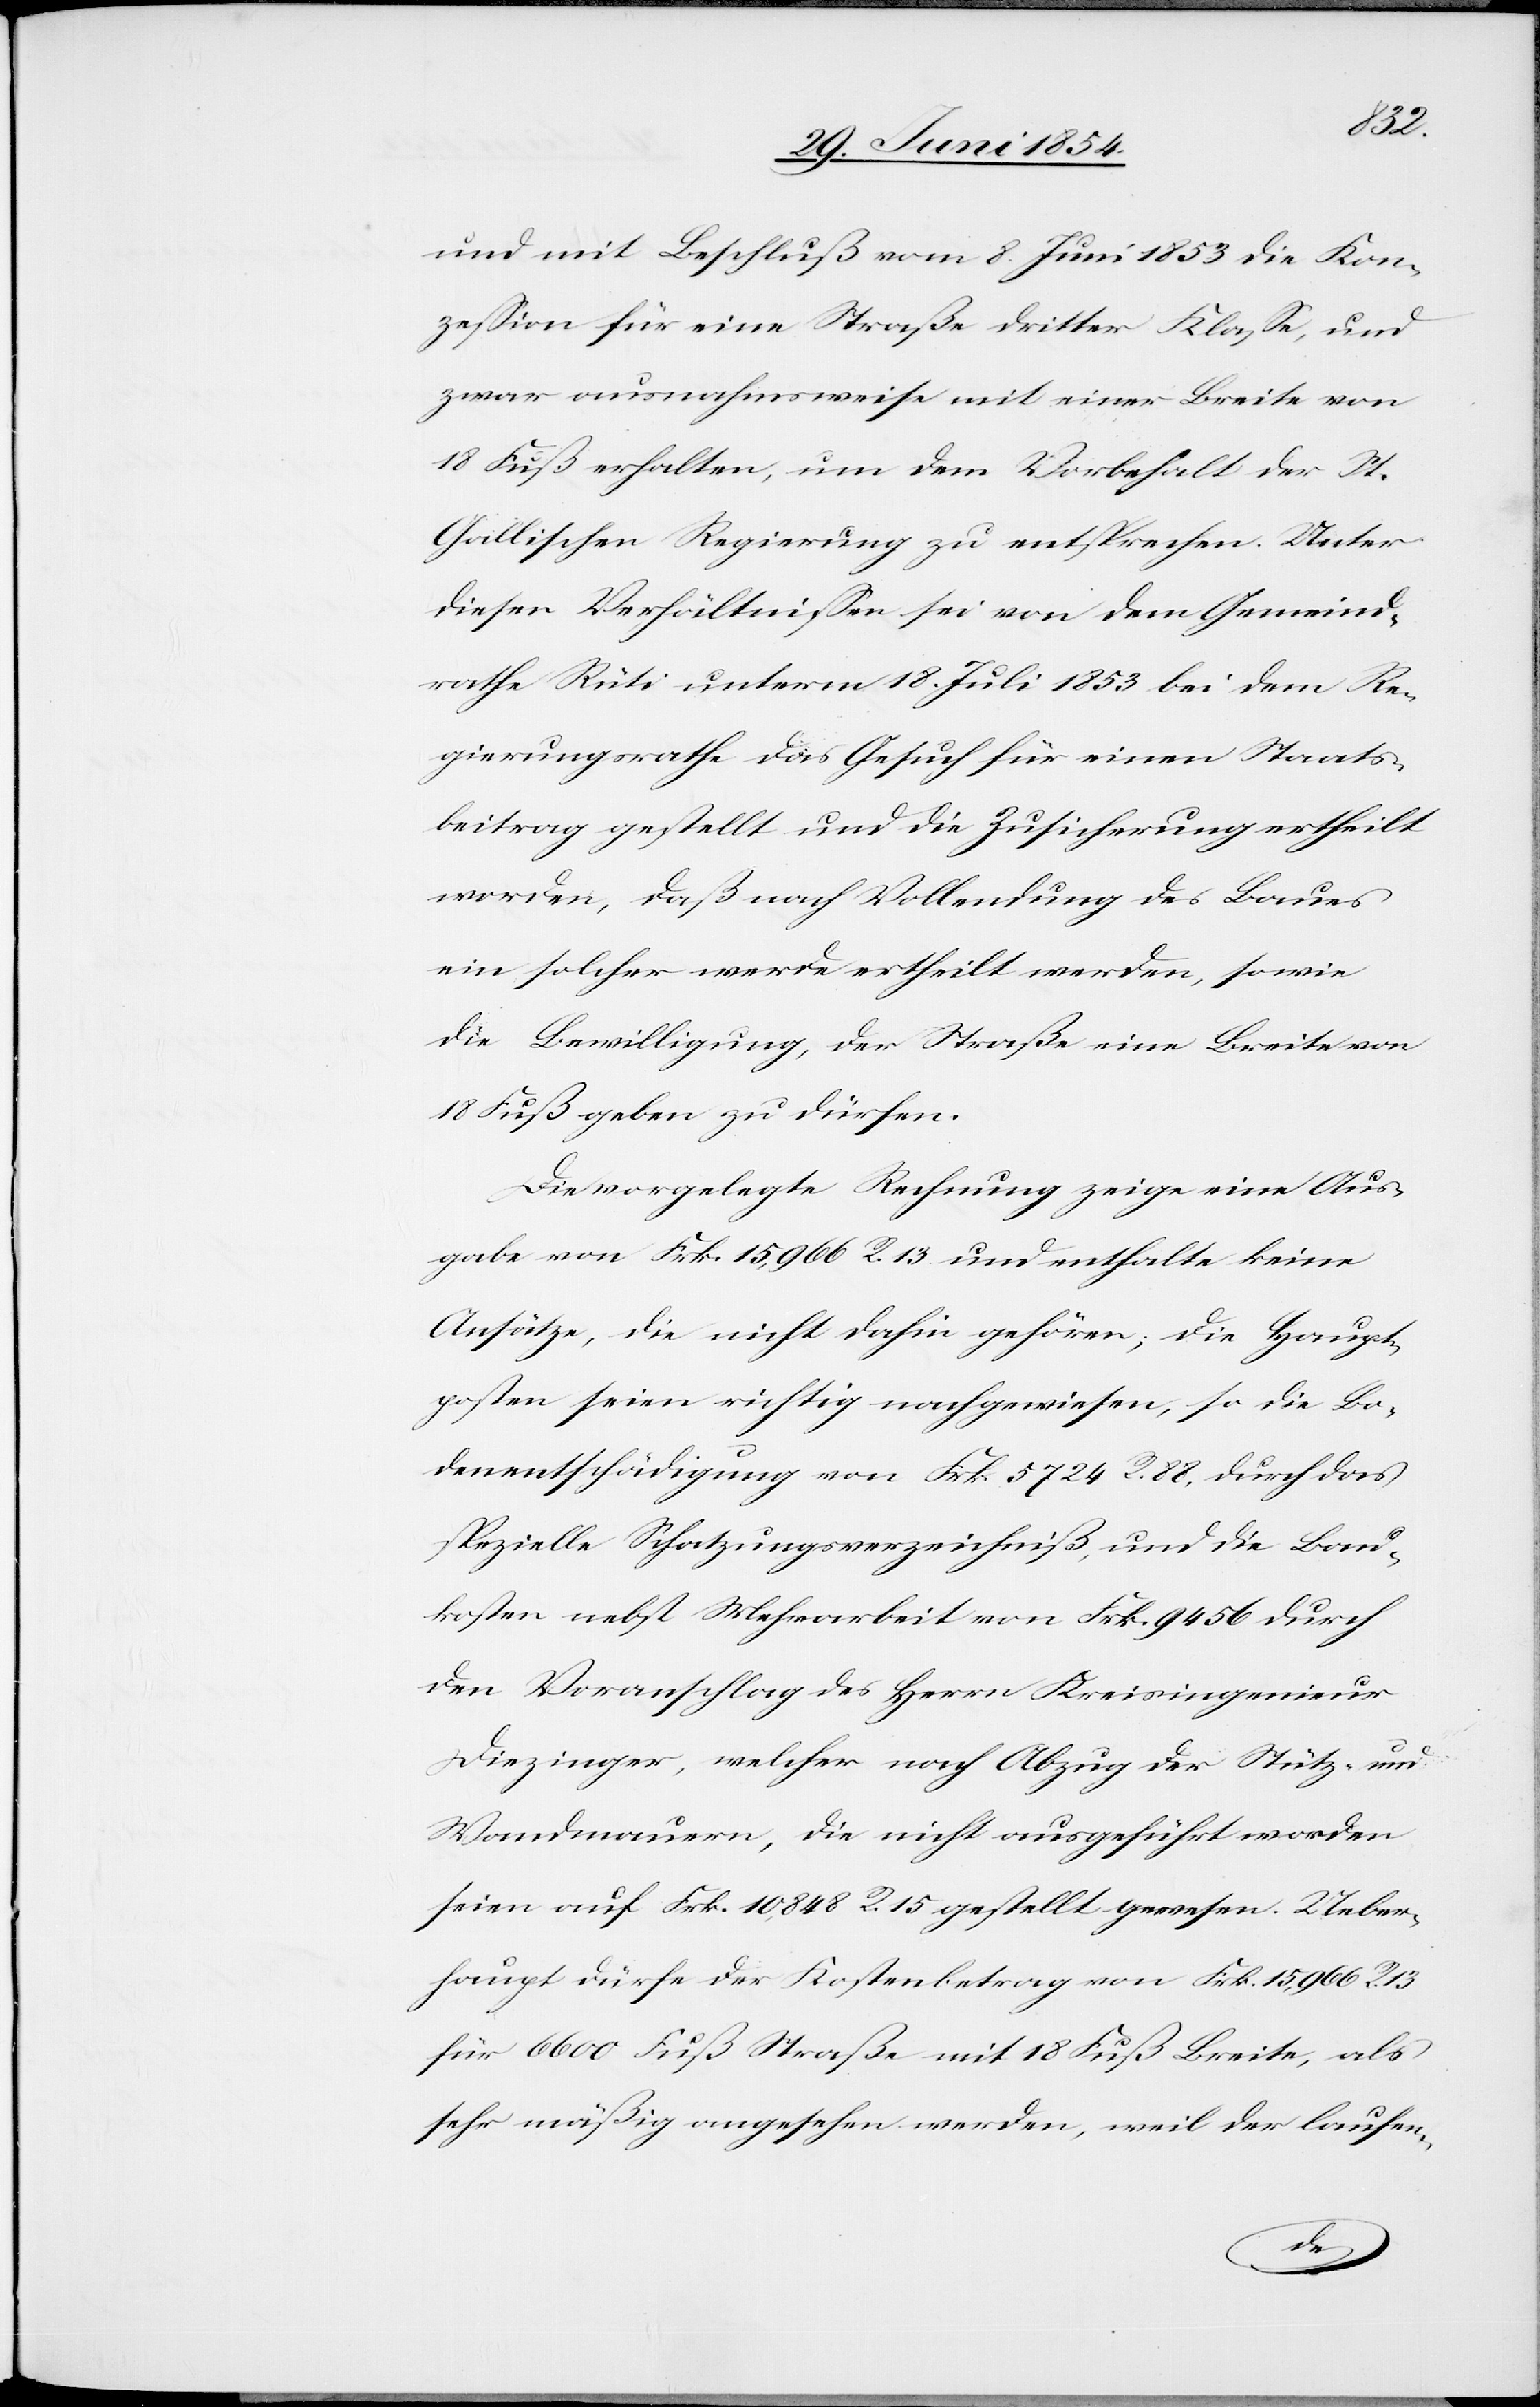
und mit Beschluß vom 8. Juni 1853 die Kon¬
zeßion für eine Straße dritter Klaße, und
zwar ausnahmsweise mit einer Breite von
18 Fuß erhalten, um dem Vorbehalt der St.
Gallischen Regierung zu entsprechen. Unter
diesen Verhältnißen sei von dem Gemeind¬
rathe Rüti unterm 18. Juli 1853 bei dem Re¬
gierungsrathe das Gesuch für einen Staats¬
beitrag gestellt und die Zusicherung ertheilt
worden, daß nach Vollendung des Baues
eine solcher werde ertheilt werden, sowie
die Bewilligung, der Straße eine Breite von
18 Fuß geben zu dürfen.
Die vorgelegte Rechnung zeige eine Aus¬
gabe von Frk. 15,966 R. 13 und enthalte keine
Ansätze, die nicht dahin gehören; die Haupt¬
posten seien richtig nachgewiesen, so die Bo¬
denentschädigung von Frk. 5724 R. 88, durch das
spezielle Schatzungsverzeichniß, und die Bau¬
kosten nebst Mehrarbeit von Frk. 9456 durch
den Voranschlag des Herrn Kreisingenieur
Diezinger, welcher nach Abzug der Stütz- und
Wandmauern, die nicht ausgeführt worden
seien auf Frk. 10,848 R. 15 gestellt gewesen. Ueber¬
haupt dürfe der Kostenbetrag von Frk. 15,966 R.
für 6600 Fuß Straße mit 18 Fuß Breite, als
sehr mäßig angesehen werden, weil der laufen-